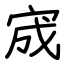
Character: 宬